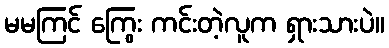
မမကြင် ကြွေး ကင်းတဲ့လူက ရှားသားပဲ။